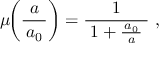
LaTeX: \mu \! \! \left( { \frac { a } { \, a _ { 0 } \, } } \right) = { \frac { 1 } { \; 1 + { \frac { \, a _ { 0 } \, } { a } } \; } } ~ ,